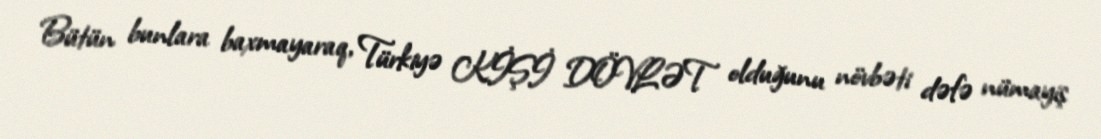
Bütün bunlara baxmayaraq, Türkiyə KİŞİ DÖVLƏT olduğunu növbəti dəfə nümayiş